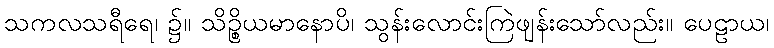
သကလသရီရေ၊ ၌။ သိဉ္စိယမာနောပိ၊ သွန်းလောင်းကြဲဖျန်းသော်လည်း။ ပေဠာယ၊